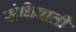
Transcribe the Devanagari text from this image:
संधिवाती